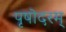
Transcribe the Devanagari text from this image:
पृषोदरम्